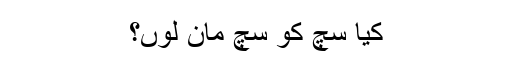
کیا سچ کو سچ مان لوں؟